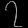
Digit: ၇